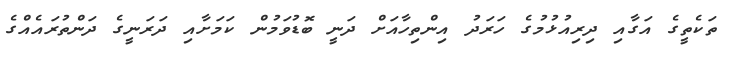
ތަކެތީގެ އަގާއި ދިރިއުޅުމުގެ ހަރަދު އިންތިހާއަށް ދަނީ ބޮޑުވަމުން ކަމަށާއި ދަރަނީގެ ދަންތުރައެއްގެ